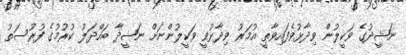
ނަޝީދުގެ ވަކީލުން ވިދާޅުވެފައިވާތީ އުމަރު ވިދާޅުވީ ވަކީލުންނަށް ނަޝީދާ ބައްދަލު ކުރުމުގެ ފުރުސަތު